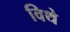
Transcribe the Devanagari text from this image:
विथे